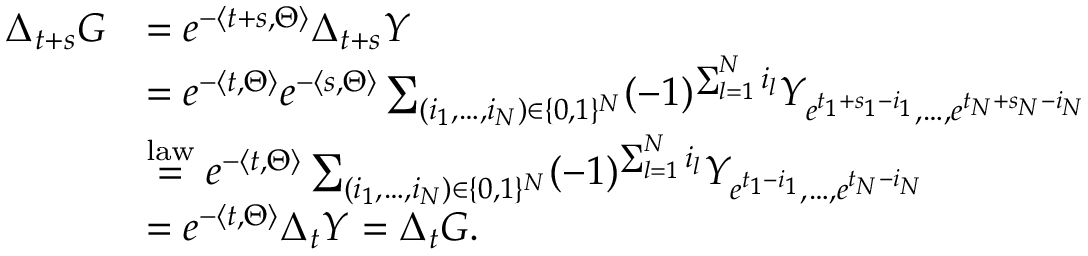
\begin{array} { r l } { \Delta _ { t + s } G } & { = e ^ { - \langle t + s , \Theta \rangle } \Delta _ { t + s } Y } \\ & { = e ^ { - \langle t , \Theta \rangle } e ^ { - \langle s , \Theta \rangle } \sum _ { ( i _ { 1 } , \dots , i _ { N } ) \in \{ 0 , 1 \} ^ { N } } ( - 1 ) ^ { \sum _ { l = 1 } ^ { N } i _ { l } } Y _ { e ^ { t _ { 1 } + s _ { 1 } - i _ { 1 } } , \dots , e ^ { t _ { N } + s _ { N } - i _ { N } } } } \\ & { \overset { \mathrm { l a w } } { = } e ^ { - \langle t , \Theta \rangle } \sum _ { ( i _ { 1 } , \dots , i _ { N } ) \in \{ 0 , 1 \} ^ { N } } ( - 1 ) ^ { \sum _ { l = 1 } ^ { N } i _ { l } } Y _ { e ^ { t _ { 1 } - i _ { 1 } } , \dots , e ^ { t _ { N } - i _ { N } } } } \\ & { = e ^ { - \langle t , \Theta \rangle } \Delta _ { t } Y = \Delta _ { t } G . } \end{array}